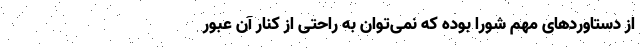
از دستاورد‌های مهم شورا بوده که نمی‌توان به راحتی از کنار آن عبور